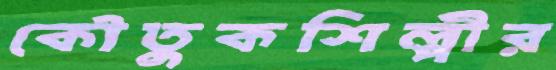
কৌতুকশিল্পীর